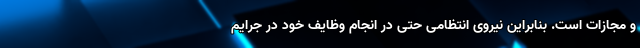
و مجازات است. بنابراین نیروی انتظامی حتی در انجام وظایف خود در جرایم